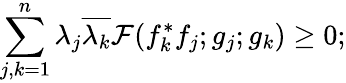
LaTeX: \sum_{j,k=1}^{n}\lambda_{j}\overline{{{\lambda_{k}}}}{\cal F}(f_{k}^{*}f_{j};g_{j};g_{k})\ge 0;